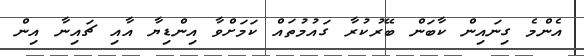
އެންމެ ގިނައިން ކާބަން ބޭރުކުރާ ގައުމުތައް ކަމަށްވާ އިންޑިޔާ އާއި ޗައިނާ އިން